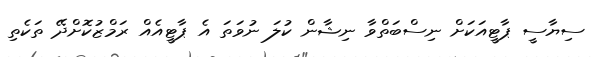
ސިޔާސީ ޕާޓީއަކަށް ނިސްބަތްވާ ނިޝާން ކުލަ ނުވަތަ އެ ޕާޓީއެއް ރަމްޒުކޮށްދޭ ތަކެތި